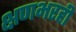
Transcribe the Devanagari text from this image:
क्षणभरही